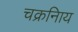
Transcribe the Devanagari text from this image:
चक्रनािय